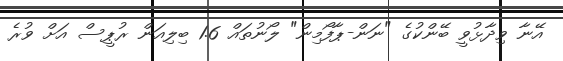
އޭނާ ވިދާޅުވީ ބޭންކުގެ "ނަން-ޕާފޯމިން" ލޯނުތައް 1.6 ބިލިއަން ރުޕީސް އަށް ވުރެ